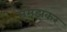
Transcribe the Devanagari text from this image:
सम़झकर